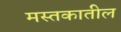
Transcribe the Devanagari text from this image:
मस्तकातील